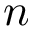
n